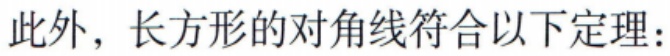
此外，长方形的对角线符合以下定理：